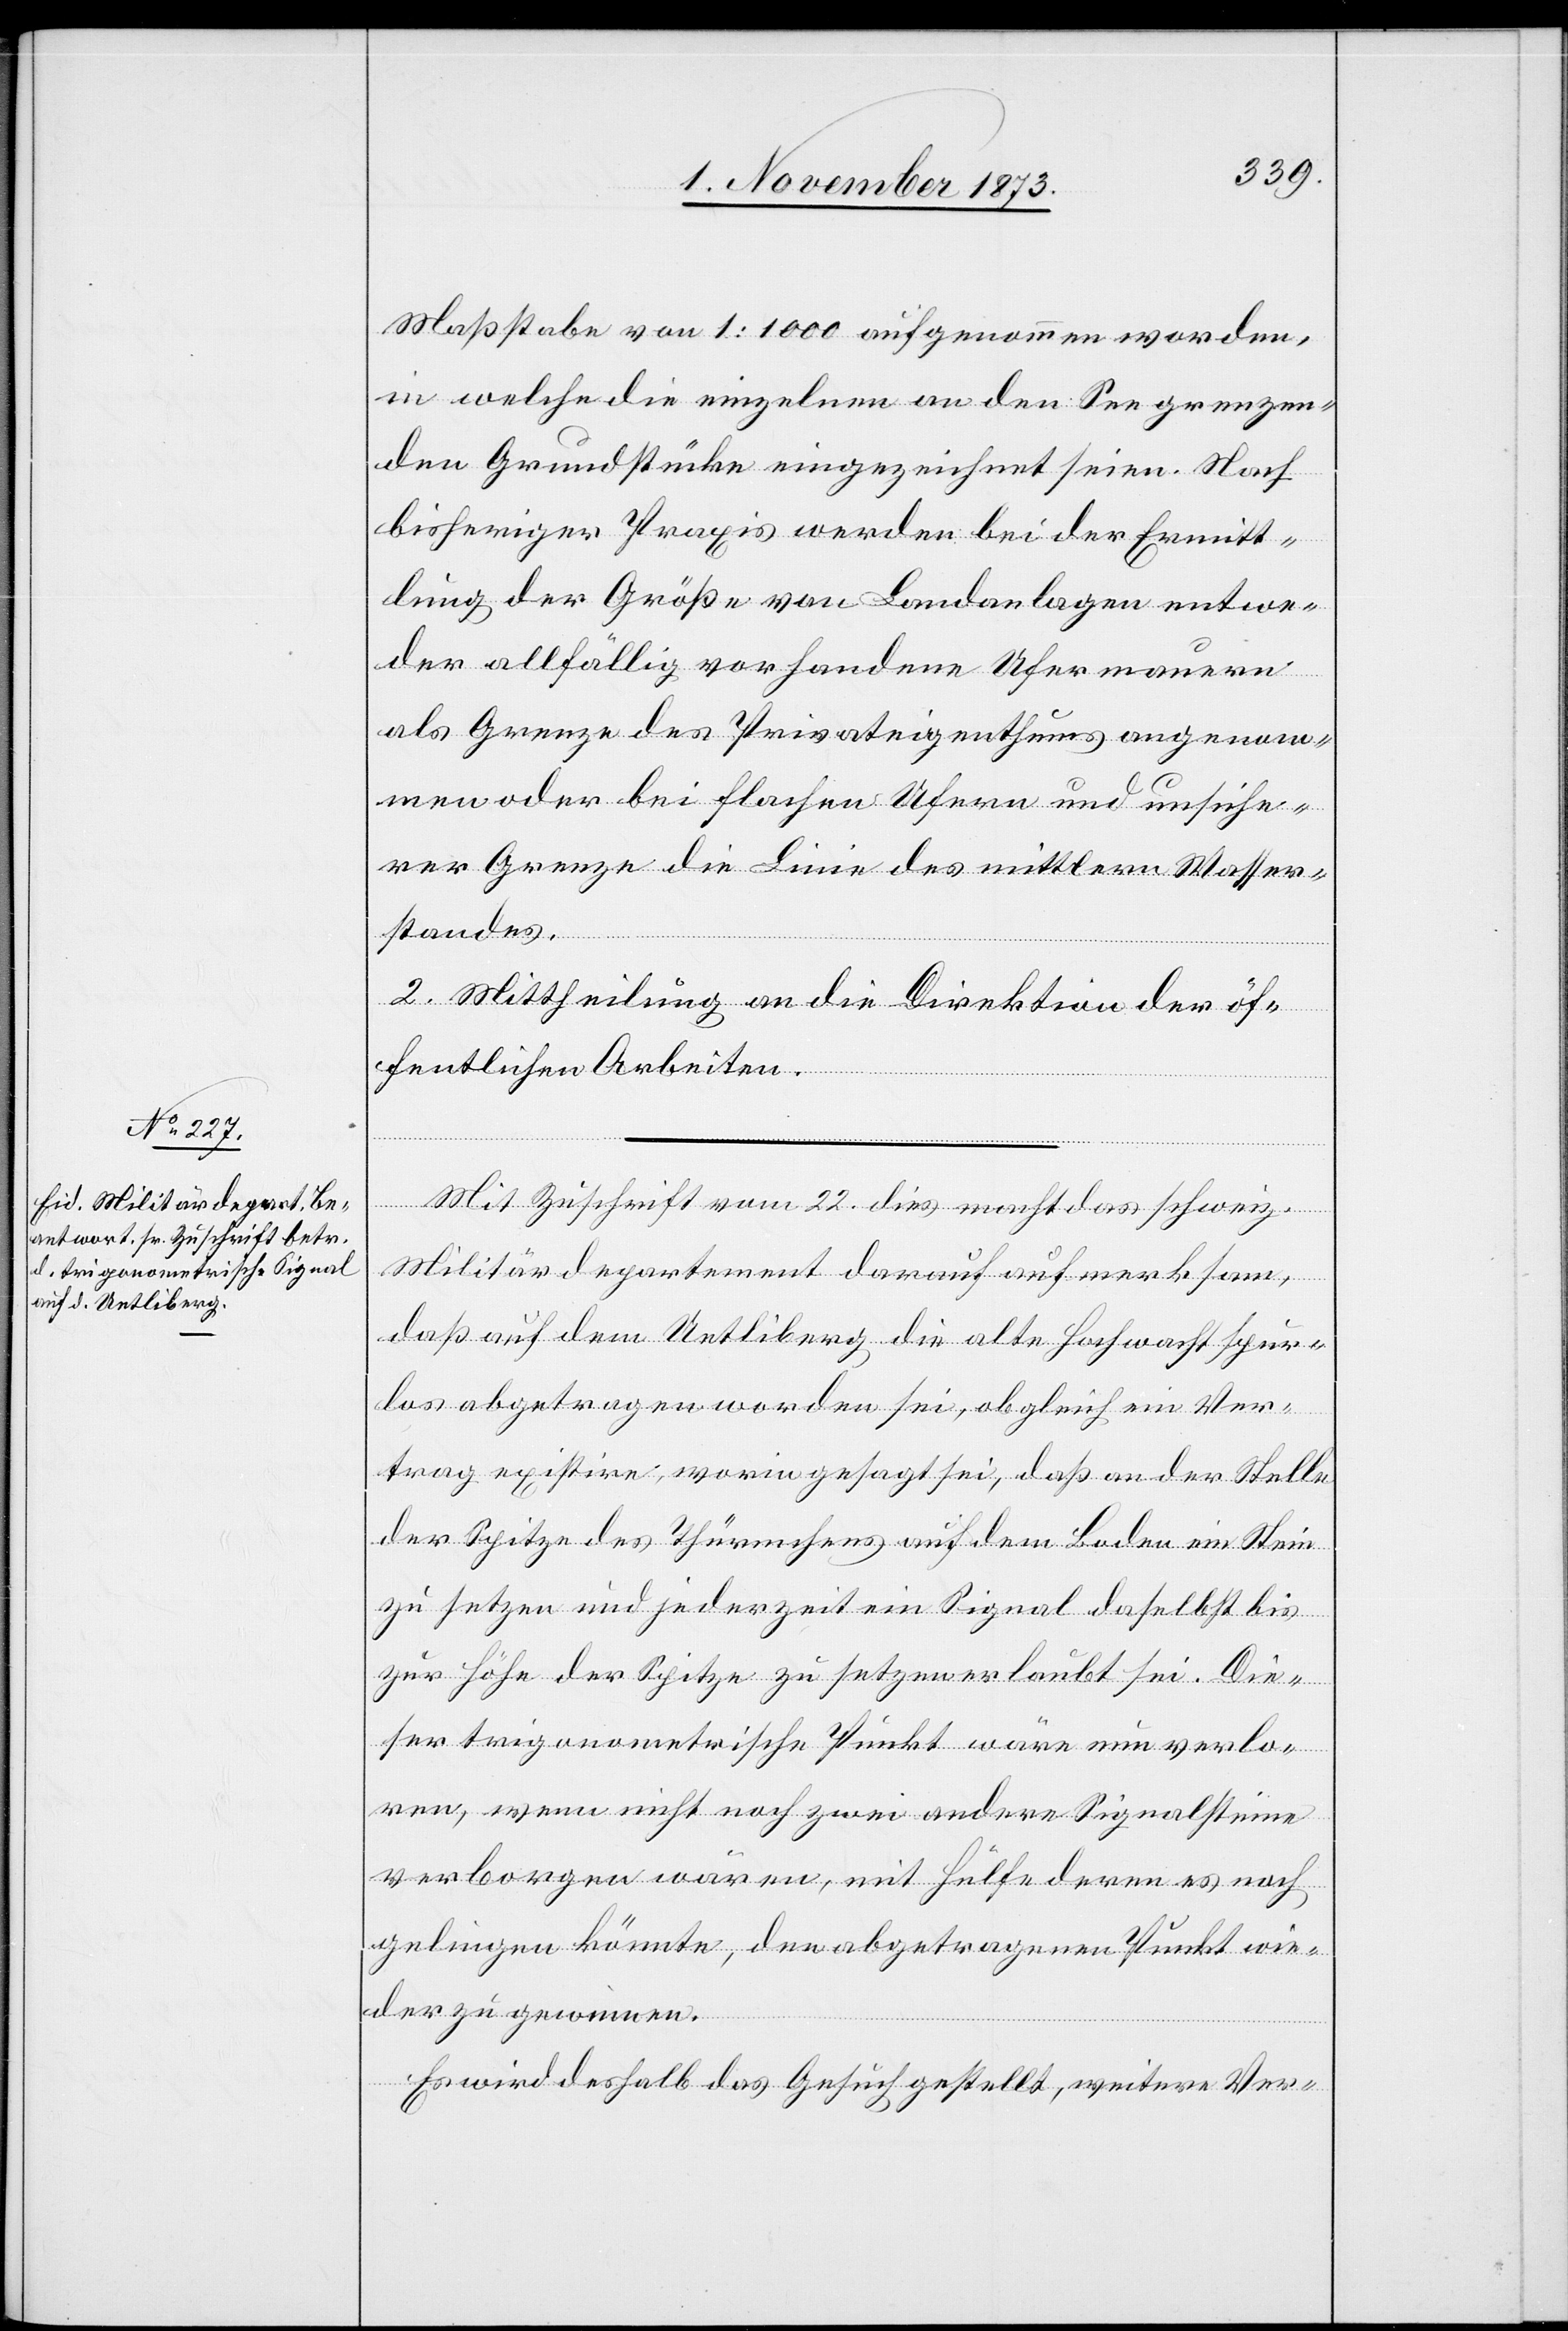
Maßstabe von 1:1 000 aufgenommen worden,
in welche die einzelnen an den See grenzen¬
den Grundstücke eingezeichnet seien. Nach
bisheriger Praxis werden bei der Ermitt¬
lung der Größe von Landanlagen entwe¬
der allfällig vorhandene Ufermauern
als Grenze des Privateigenthums angenom¬
men oder bei flachen Ufern und unsiche¬
rer Grenze die Linie des mittlern Wasser¬
standes.
2. Mittheilung an die Direktion der öf¬
fentlichen Arbeiten.
Mit Zuschrift vom 22. dies macht das schweiz.
Militärdepartement darauf aufmerksam,
daß auf dem Uetliberg die alte Hochwacht spur¬
los abgetragen worden sei, obgleich ein Ver¬
trag existire, worin gesagt sei, daß an der Stelle
der Spitze des Thürmchens auf dem Boden ein Stein
zu setzen und jederzeit ein Signal daselbst bis
zur Höhe der Spitze zu setzen erlaubt sei. Die¬
ser trigonometrische Punkt wäre nun verlo¬
ren, wenn nicht noch zwei andere Signalsteine
verborgen wären, mit Hülfe deren es noch
gelingen könnte, den abgetragenen Punkt wie¬
der zu gewinnen.
Es wird deshalb das Gesuch gestellt, weitere Ver-